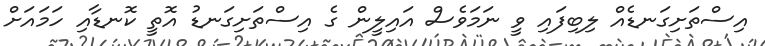
އިސްތަށިގަނޑެއް ލިބިފައި ވީ ނަމަވެސް އައިލީން ގެ އިސްތަށިގަނޑު އޮތީ ކޮނޑާއި ހަމައަށް